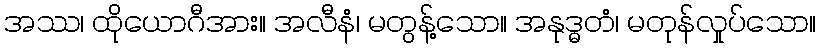
အဿ၊ ထိုယောဂီအား။ အလီနံ၊ မတွန့်သော။ အနုဒ္ဓတံ၊ မတုန်လှုပ်သော။